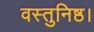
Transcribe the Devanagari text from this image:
वस्तुनिष्ठ।